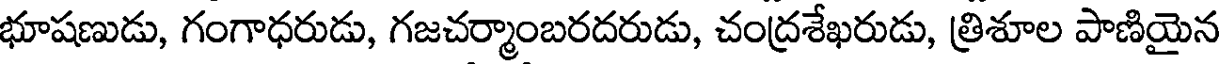
భూషణుడు, గంగాధరుడు, గజచర్మాంబరదరుడు, చంద్రశేఖరుడు, త్రిశూల పాణియైన